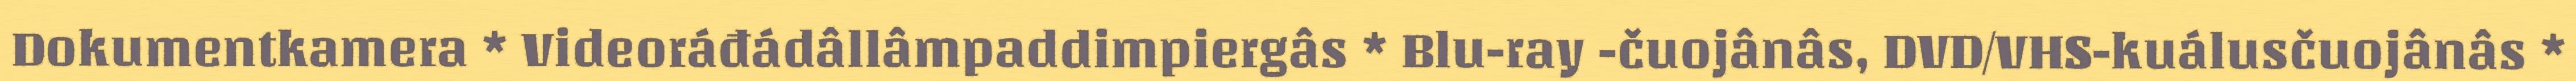
Dokumentkamera * Videoráđádâllâmpaddimpiergâs * Blu-ray -čuojânâs, DVD/VHS-kuálusčuojânâs *